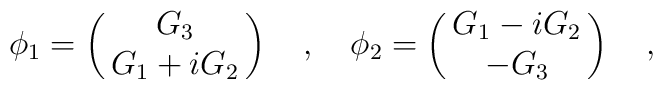
\phi_1 = \pmatrix{G_3\cr G_1 +iG_2\cr}\quad,\quad\phi_2 = \pmatrix{G_1 -iG_2\cr -G_3\cr}\quad,